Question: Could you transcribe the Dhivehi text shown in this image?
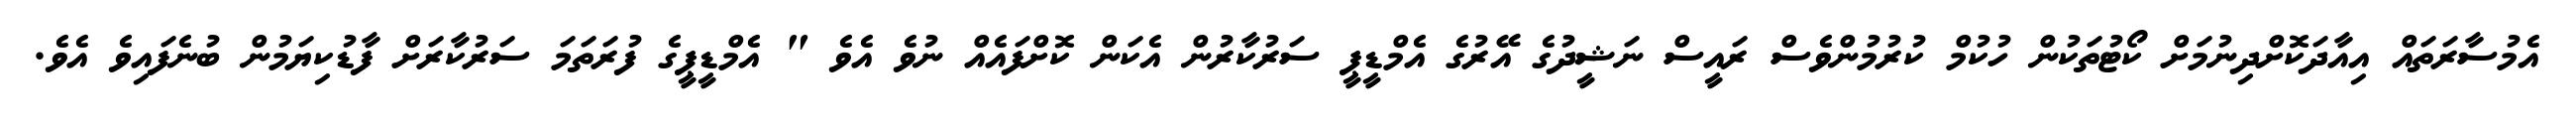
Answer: އެމުސާރަތައް އިއާދަކޮށްދިނުމަށް ކޯޓުތަކުން ހުކުމް ކުރުމުންވެސް ރައީސް ނަޝީދުގެ އޭރުގެ އެމްޑީޕީ ސަރުކާރުން އެކަން ކޮށްފައެއް ނުވެ އެވެ " އެމްޑީޕީގެ ފުރަތަމަ ސަރުކާރަށް ފާޑުކިޔަމުން ބުނެފައިވެ އެވެ.